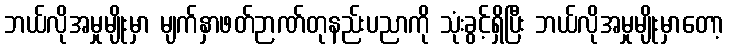
ဘယ်လိုအမှုမျိုးမှာ မျက်နှာဖတ်ဉာဏ်တုနည်းပညာကို သုံးခွင့်ရှိပြီး ဘယ်လိုအမှုမျိုးမှာတော့